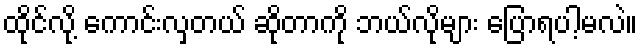
ထိုင်လို့ ကောင်းလှတယ် ဆိုတာကို ဘယ်လိုများ ပြောရပါ့မလဲ။